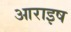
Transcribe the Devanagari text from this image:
आराइष